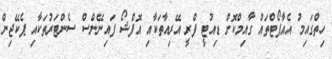
ހިތްގައިމު އެއާޕޯޓްތައް ގާއިމްކޮށް ޑިއުޓީ ފްރީ އޭރިއާތަކާއި އޮފްޝޯ ފައިނޭންސް ސެންޓަރުތަކާއި ޕެކޭޖިން